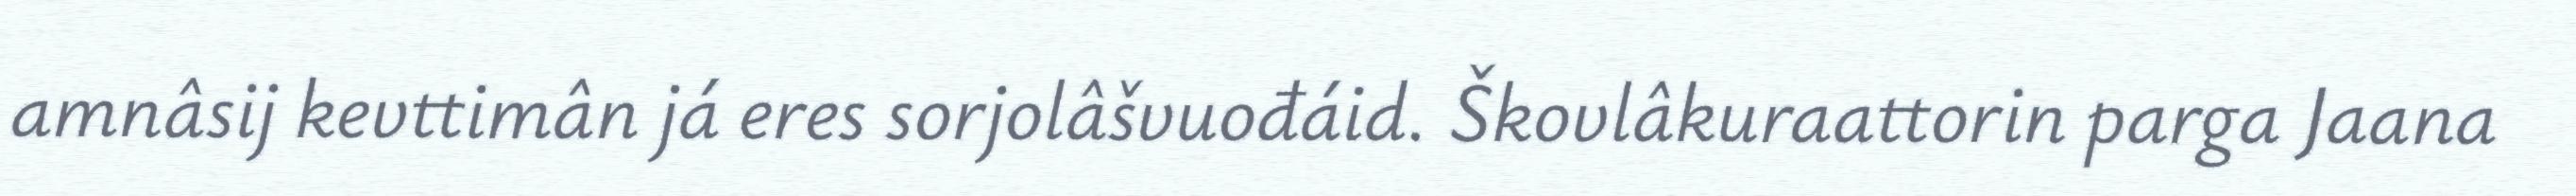
amnâsij kevttimân já eres sorjolâšvuođáid. Škovlâkuraattorin parga Jaana